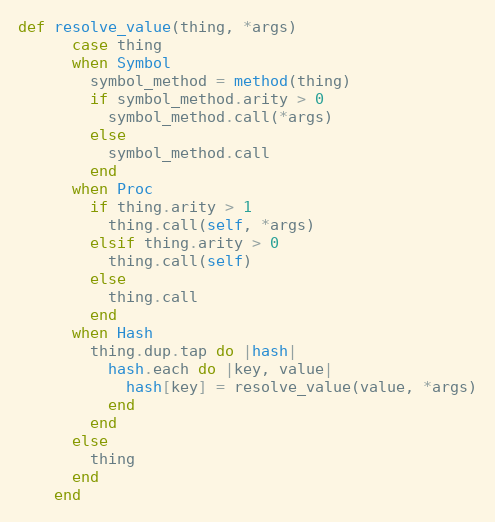
Language: Ruby
def resolve_value(thing, *args)
      case thing
      when Symbol
        symbol_method = method(thing)
        if symbol_method.arity > 0
          symbol_method.call(*args)
        else
          symbol_method.call
        end
      when Proc
        if thing.arity > 1
          thing.call(self, *args)
        elsif thing.arity > 0
          thing.call(self)
        else
          thing.call
        end
      when Hash
        thing.dup.tap do |hash|
          hash.each do |key, value|
            hash[key] = resolve_value(value, *args)
          end
        end
      else
        thing
      end
    end